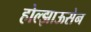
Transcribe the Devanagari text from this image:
होल्झाऊसेन